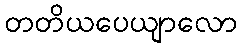
တတိယပေယျာလော